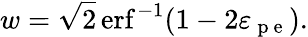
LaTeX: w=\sqrt{2}\operatorname{erf}^{-1}(1-2\varepsilon_{\mathrm{~p~e~}}).